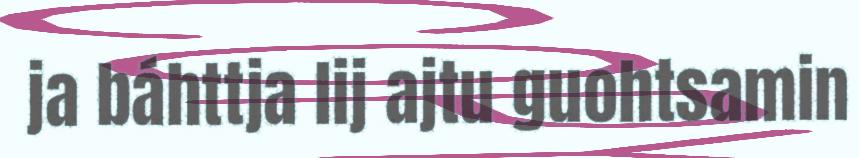
ja báhttja lij ajtu guohtsamin